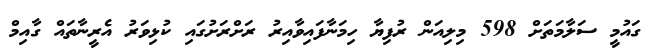
ގައުމީ ސަލާމަތަށް 598 މިލިއަން ރުފިޔާ ހިމަނާފައިވާއިރު ރަށްރަށުގައި ކުޅިވަރު އެރީނާތައް ގާއިމް